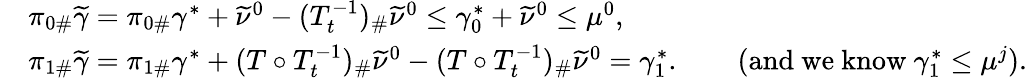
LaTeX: \begin{array}{rl}&{\pi_{0\# }\widetilde{\gamma}=\pi_{0\# }\gamma^{*}+\widetilde{\nu}^{0}-(T_{t}^{-1})_{\# }\widetilde{\nu}^{0}\leq\gamma_{0}^{*}+\widetilde{\nu}^{0}\leq\mu^{0},}\\ &{\pi_{1\# }\widetilde{\gamma}=\pi_{1\# }\gamma^{*}+(T\circ T_{t}^{-1})_{\# }\widetilde{\nu}^{0}-(T\circ T_{t}^{-1})_{\# }\widetilde{\nu}^{0}=\gamma_{1}^{*}.\qquad(\mathrm{and~we~know~}\gamma_{1}^{*}\leq\mu^{j}).}\end{array}